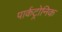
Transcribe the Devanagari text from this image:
पार्कट्रोनिक